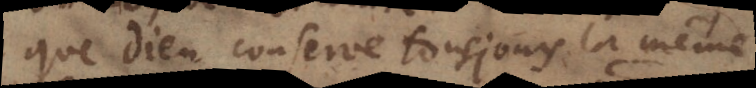
que Dieu conserve tousjours la même